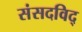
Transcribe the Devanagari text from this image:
संसदविद्‌